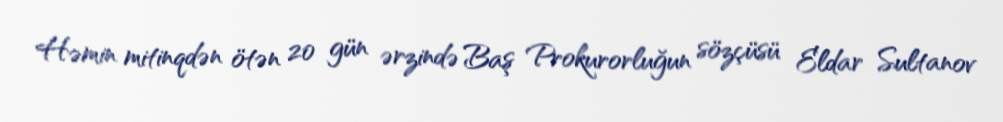
Həmin mitinqdən ötən 20 gün ərzində Baş Prokurorluğun sözçüsü Eldar Sultanov